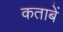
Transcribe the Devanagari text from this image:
कताबें